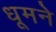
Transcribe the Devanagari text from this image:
धूमने